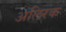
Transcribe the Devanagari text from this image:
अलिरक